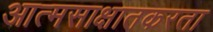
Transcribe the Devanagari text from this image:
आत्मसाक्षातकरता